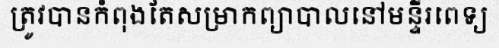
ត្រូវបានកំពុងតែសម្រាកព្យាបាលនៅមន្ទីរពេទ្យ